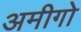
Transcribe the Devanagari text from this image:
अमीगो